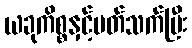
ယခုကိစ္စနှင့်ပတ်သက်ပြီး